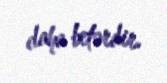
daha betərdir.